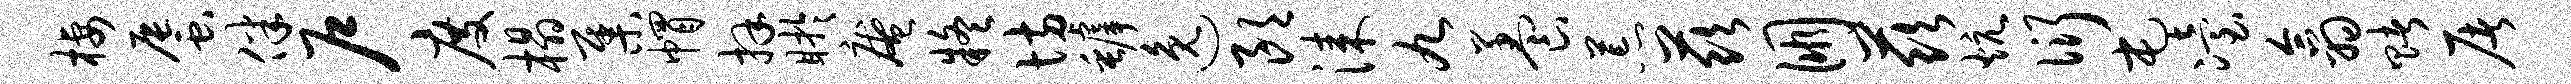
栖蜃伴户度榻集帽拜盱庵疑坊罅逸朗漆九养荒兹朋兹炕衍屯冶翕赌屠